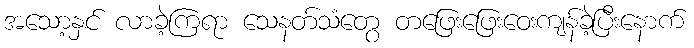
အသော့နှင် လာခဲ့ကြရာ သေနတ်သံတွေ တဖြေးဖြေးဝေးကျန်ခဲ့ပြီးနောက်